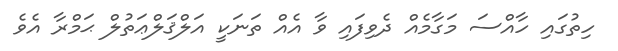
ހިތުގައި ހާއްސަ މަގާމެއް ދެވިފައި ވާ އެއް ތަނަކީ އަލްޤަލްޢަތުލް ޙަމްރާ އެވެ